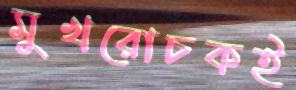
মুখরোচকই